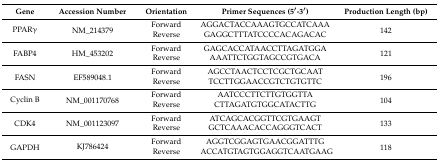
| Gene | Accession Number | Orientation | Primer Sequences (5′-3′) | Production Length (bp) |
 | --- | --- | --- | --- | --- |
 | <ROWSPAN=2> PPARγ | <ROWSPAN=2> NM_214379 | Forward | AGGACTACCAAAGTGCCATCAAA | <ROWSPAN=2> 142 |
 | Reverse | GAGGCTTTATCCCCACAGACAC |
 | <ROWSPAN=2> FABP4 | <ROWSPAN=2> HM_453202 | Forward | GAGCACCATAACCTTAGATGGA | <ROWSPAN=2> 121 |
 | Reverse | AAATTCTGGTAGCCGTGACA |
 | <ROWSPAN=2> FASN | <ROWSPAN=2> EF589048.1 | Forward | AGCCTAACTCCTCGCTGCAAT | <ROWSPAN=2> 196 |
 | Reverse | TCCTTGGAACCGTCTGTGTTC |
 | <ROWSPAN=2> Cyclin B | <ROWSPAN=2> NM_001170768 | Forward | AATCCCTTCTTGTGGTTA | <ROWSPAN=2> 104 |
 | Reverse | CTTAGATGTGGCATACTTG |
 | <ROWSPAN=2> CDK4 | <ROWSPAN=2> NM_001123097 | Forward | ATCAGCACGGTTCGTGAAGT | <ROWSPAN=2> 133 |
 | Reverse | GCTCAAACACCAGGGTCACT |
 | <ROWSPAN=2> GAPDH | <ROWSPAN=2> KJ786424 | Forward | AGGTCGGAGTGAACGGATTTG | <ROWSPAN=2> 118 |
 | Reverse | ACCATGTAGTGGAGGTCAATGAAG |